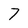
Character: 7